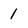
Character: 1